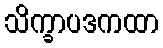
သိက္ခာပဒကထာ